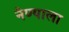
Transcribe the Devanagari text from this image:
नेण्याला